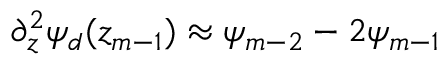
\partial _ { z } ^ { 2 } \psi _ { d } ( z _ { m - 1 } ) \approx \psi _ { m - 2 } - 2 \psi _ { m - 1 }